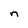
Character: n